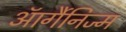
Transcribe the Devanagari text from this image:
ऑर्गैनिज्म